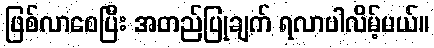
ဖြစ်လာစေပြီး အတည်ပြုချက် ရလာပါလိမ့်မယ်။